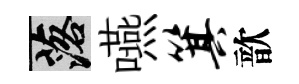
落嚥箕歆